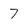
Character: 7